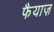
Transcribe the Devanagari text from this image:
फैयाज़